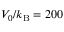
V _ { 0 } / k _ { \mathrm { B } } = 2 0 0